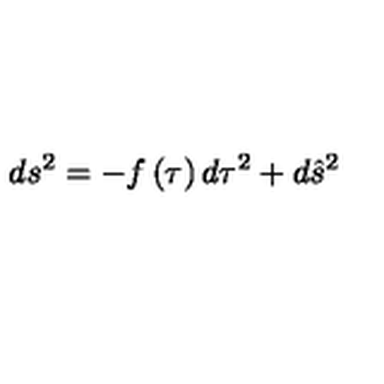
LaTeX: d s ^ { 2 } = - f \left( \tau \right) d \tau ^ { 2 } + d \hat { s } ^ { 2 }